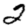
Digit: 2